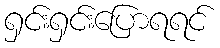
ရှင်းရှင်းပြောရရင်